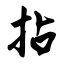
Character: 拈